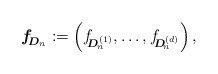
\begin{align*}\boldsymbol{f}_{\!\! \boldsymbol{D}_n} := \left( f_{\!\! \boldsymbol{D}_{\!n}^{(1)}}, \ldots, f_{\!\! \boldsymbol{D}_{\!n}^{(d)}} \right),\end{align*}